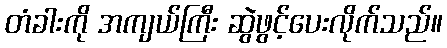
တံခါးကို အကျယ်ကြီး ဆွဲဖွင့်ပေးလိုက်သည်။